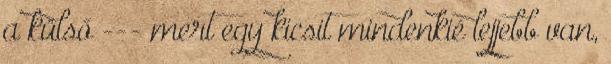
a külső --- mert egy kicsit mindenkié lejjebb van,